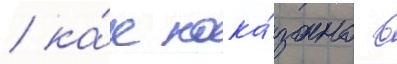
/ ка́к пока́зано в